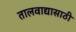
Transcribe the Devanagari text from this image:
तालवाद्यासाठी